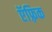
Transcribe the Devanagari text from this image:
ऍफ़्रिक